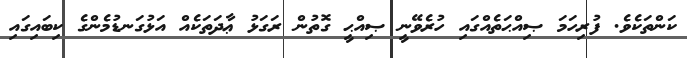
ކަންތަކެވެ. ފުރިހަމަ ޞިއްޙަތެއްގައި ހުރެވޭނީ ޞިއްޙީ ގޮތުން ރަގަޅު ޢާދަތަކެއް އަޅުގަނޑުމެންގެ ކިބައިގައި